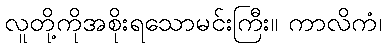
လူတို့ကိုအစိုးရသောမင်းကြီး။ ကာလိကံ၊